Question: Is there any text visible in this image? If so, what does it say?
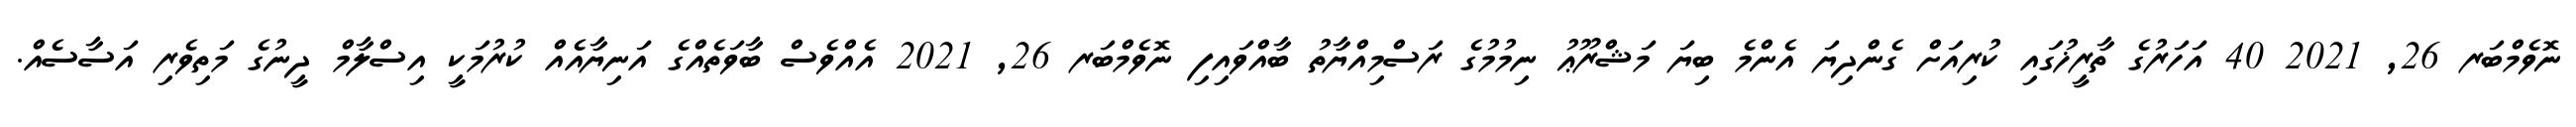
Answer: ނޮވެމްބަރ 26, 2021 40 އަހަރުގެ ތާރީޚުގައި ކުރިއަށް ގެންދިޔަ އެންމެ ބިޔަ މަޝްރޫޢު ނިމުމުގެ ރަސްމިއްޔާތު ބާއްވައިފި ނޮވެމްބަރ 26, 2021 އެއްވެސް ބާވަތެއްގެ އަނިޔާއެއް ކުރުމަކީ އިސްލާމް ދީނުގެ މަތިވެރި އަސާސެއް.